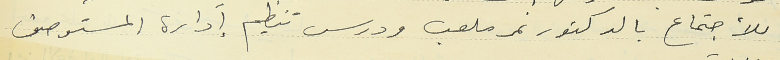
للأجتماع بالدكتور نمر ملعب ودرس تنظيم إدارة المستوصف